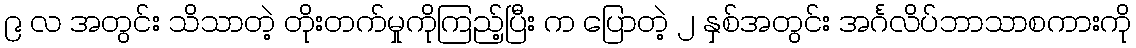
၉ လ အတွင်း သိသာတဲ့ တိုးတက်မှုကိုကြည့်ပြီး က ပြောတဲ့ ၂ နှစ်အတွင်း အင်္ဂလိပ်ဘာသာစကားကို